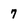
Character: 7